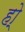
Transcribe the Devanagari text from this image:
हो्